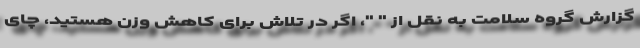
گزارش گروه سلامت به نقل از " "، اگر در تلاش برای کاهش وزن هستید، چای